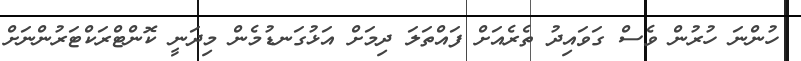
ހުންނަ ހުރުން ވެސް ގަވައިދު ތެރެއަށް ފައްތަލަ ދިމަށް އަޅުގަނޑުމެން މިދަނީ ކޮންޓްރަކްޓަރުންނަށް